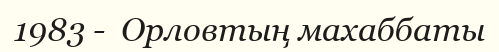
1983 -  Орловтың махаббаты